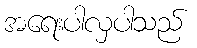
အရေးပါလှပါသည်